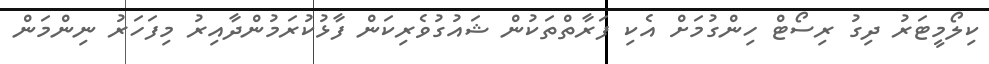
ކިލޯމީޓަރު ދިގު ރިސޯޓް ހިންގުމަށް އެކި ފަރާތްތަކުން ޝައުގުވެރިކަން ފާޅުކުރަމުންދާއިރު މިފަހަރު ނިންމަން